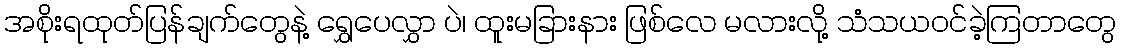
အစိုးရထုတ်ပြန်ချက်တွေနဲ့ ရွှေပေလွှာ ပဲ၊ ထူးမခြားနား ဖြစ်လေ မလားလို့ သံသယဝင်ခဲ့ကြတာတွေ